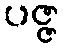
ပဇ္ဇ